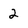
Character: 2